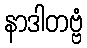
နာဒါတဗ္ဗံ